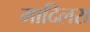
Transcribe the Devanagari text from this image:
मादिलरा